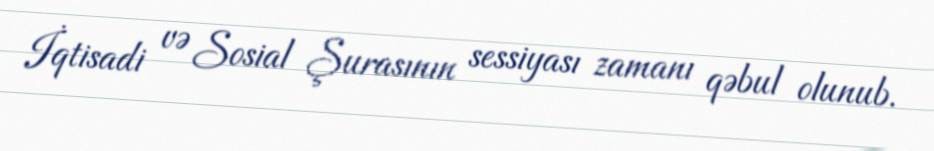
İqtisadi və Sosial Şurasının sessiyası zamanı qəbul olunub.